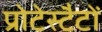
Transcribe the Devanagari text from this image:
प्रोटेस्टैटों